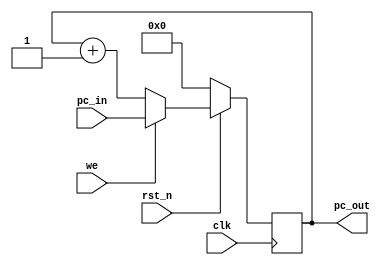
module pc(pc_in, pc_out, rst_n, clk, we);
	input rst_n, clk, we;
	input [7:0] pc_in;
	output [7:0] pc_out;
	reg [7:0] pc_out;

	always @(posedge clk) begin
		if (!rst_n) begin
			pc_out <= 0;
		end else begin
			if (we) begin
				pc_out <= pc_in;
			end else begin
				pc_out <= pc_out + 1;
			end
		end
	end
endmodule